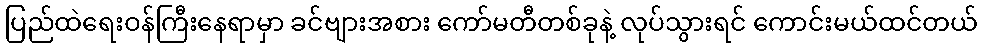
ပြည်ထဲရေးဝန်ကြီးနေရာမှာ ခင်ဗျားအစား ကော်မတီတစ်ခုနဲ့ လုပ်သွားရင် ကောင်းမယ်ထင်တယ်